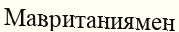
Мавританиямен